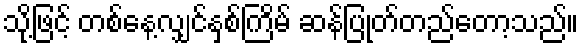
သို့ဖြင့် တစ်နေ့လျှင်နှစ်ကြိမ် ဆန်ပြုတ်တည်တော့သည်။